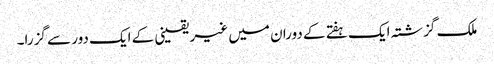
ملک گزشتہ ایک ہفتے کے دوران میں غیر یقینی کے ایک دور سے گزرا۔